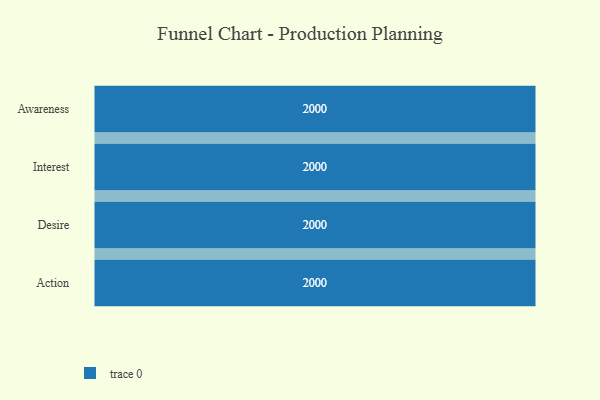
{"axis": {"x": "Stage", "y": "Value"}, "legend": [""], "data": [{"x": "Awareness", "y": 2000, "type": ""}, {"x": "Interest", "y": 2000, "type": ""}, {"x": "Desire", "y": 2000, "type": ""}, {"x": "Action", "y": 2000, "type": ""}]}